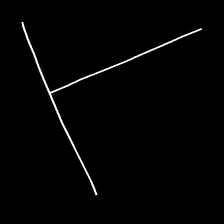
Glyph: column